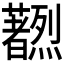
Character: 𫊔